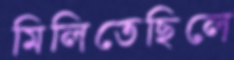
মিলিতেছিলে